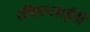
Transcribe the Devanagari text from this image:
सीएलआईडी